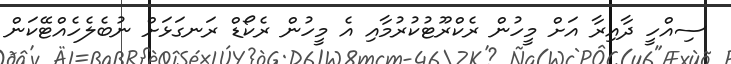
ސިއްހީ ދާއިރާ އަށް މީހުން ރެކްރޫޓުކުރުމާއި އެ މީހުން ރެކޯޑް ރަނގަޅަށް ނުބެލެހެއްޓޭކަން